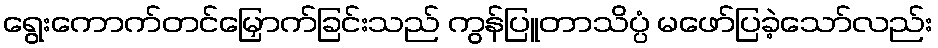
ရွေးကောက်တင်မြှောက်ခြင်းသည် ကွန်ပြူတာသိပ္ပံ မဖော်ပြခဲ့သော်လည်း